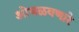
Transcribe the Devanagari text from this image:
ओघळवणारे